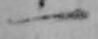
一